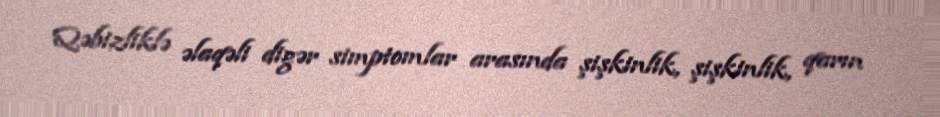
Qəbizliklə əlaqəli digər simptomlar arasında şişkinlik, şişkinlik, qarın